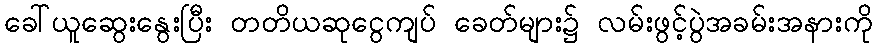
ခေါ်ယူဆွေးနွေးပြီး တတိယဆုငွေကျပ် ခေတ်များ၌ လမ်းဖွင့်ပွဲအခမ်းအနားကို